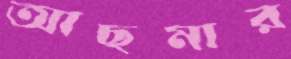
আছমার